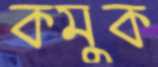
কমুক